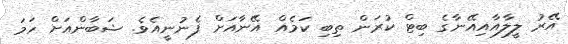
އޭރު ލީލާއާއިއޭނާގެ ބިޓް ކުރަން ތިބި ކަމެއް އޭނާއަށް ފެނުނީއެވެ. ޝަބާންއަށް ހަމަ